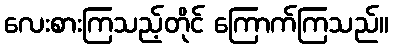
လေးစားကြသည့်တိုင် ကြောက်ကြသည်။